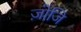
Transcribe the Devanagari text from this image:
ज़ोजि